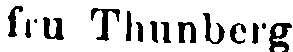
fru Thunberg